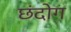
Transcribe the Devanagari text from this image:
छंदोग